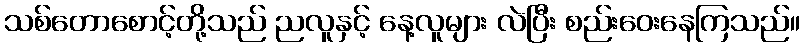
သစ်တောစောင့်တို့သည် ညလူနှင့် နေ့လူများ လဲပြီး စည်းဝေးနေကြသည်။